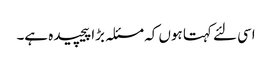
اسی لئے کہتا ہوں کہ مسئلہ بڑا پیچیده ہے۔